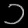
Digit: ၁